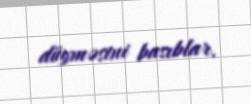
düyməsini basıblar.